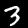
Digit: 3